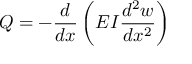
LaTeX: Q = - { \frac { d } { d x } } \left( E I { \frac { d ^ { 2 } w } { d x ^ { 2 } } } \right)